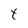
Character: Y